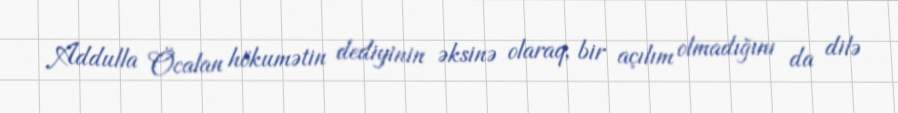
Addulla Öcalan hökumətin dediyinin əksinə olaraq, bir açılım olmadığını da dilə